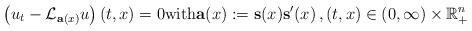
LaTeX: \begin{align*}\left( u_t-\mathcal{L}_{\mathbf{a}(x)}u\right) (t,x)=0\mathrm{with} \mathbf{a}(x):=\mathbf{s}(x)\mathbf{s}'(x)\,, (t,x)\in (0, \infty)\times\mathbb{R}_{+}^n\end{align*}